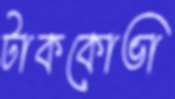
টাককোভা